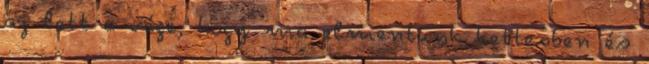
az lett a vége, hogy ma elmentünk kettesben és